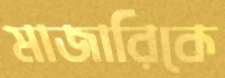
মাজারিকে